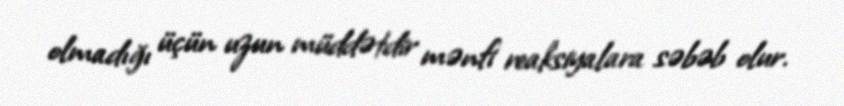
olmadığı üçün uzun müddətdir mənfi reaksiyalara səbəb olur.